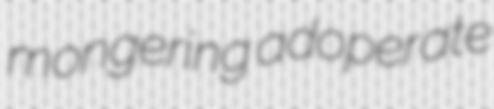
mongering adoperate